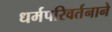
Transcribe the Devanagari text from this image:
धर्मपरिवर्तनाने